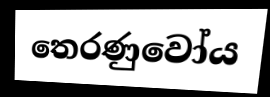
තෙරණුවෝය